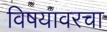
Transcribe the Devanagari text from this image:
विषयावरचा